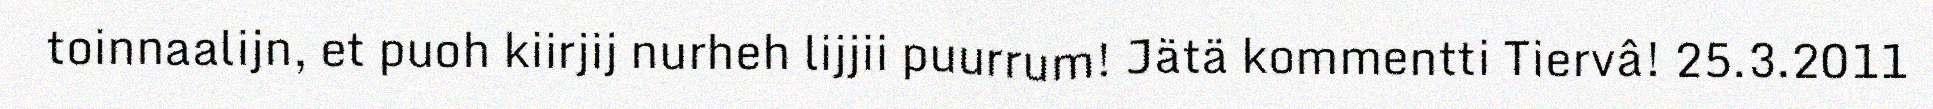
toinnaalijn, et puoh kiirjij nurheh lijjii puurrum! Jätä kommentti Tiervâ! 25.3.2011